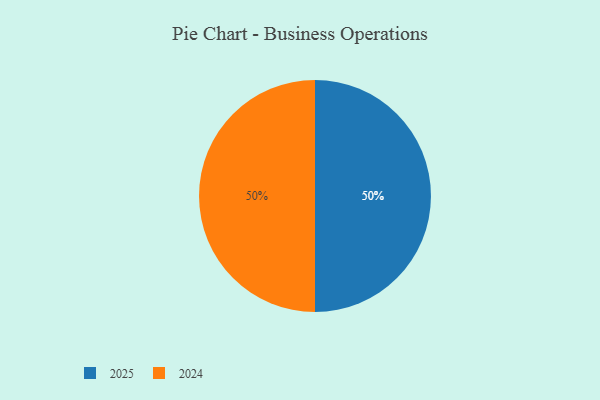
{"axis": {"x": "Category", "y": "Percentage"}, "legend": ["2024", "2025"], "data": [{"x": "2025", "y": 50, "type": "2025"}, {"x": "2024", "y": 50, "type": "2024"}]}